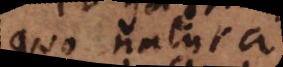
quo natura